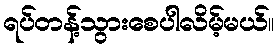
ရပ်တန့်သွားစေပါလိမ့်မယ်။